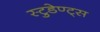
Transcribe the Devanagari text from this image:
स्टुडेण्ट्स